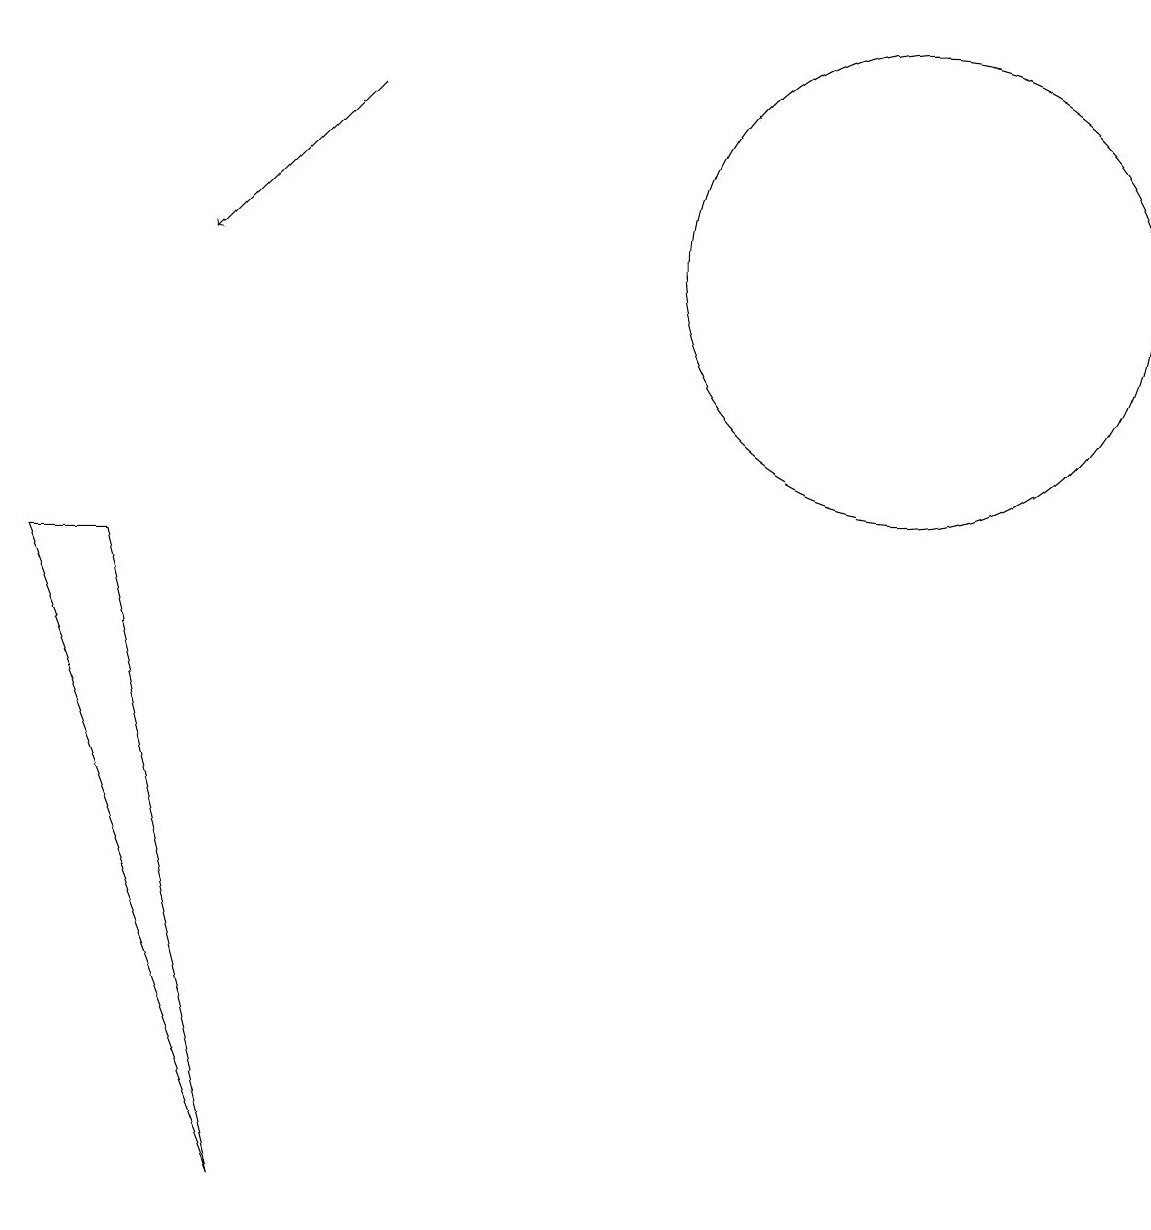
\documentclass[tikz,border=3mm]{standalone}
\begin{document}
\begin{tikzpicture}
\draw (2,8) -- (1,8) -- (4,0) -- cycle;
\draw (12,12) circle (3);
\draw[->] (5,14) -- (3,12);
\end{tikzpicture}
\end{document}